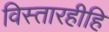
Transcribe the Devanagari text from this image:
विस्तारहीहि